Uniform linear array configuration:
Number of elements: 12
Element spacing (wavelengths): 0.25
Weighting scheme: hamming
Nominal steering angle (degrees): -30
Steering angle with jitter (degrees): -29.223
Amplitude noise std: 0.05
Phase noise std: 0.05

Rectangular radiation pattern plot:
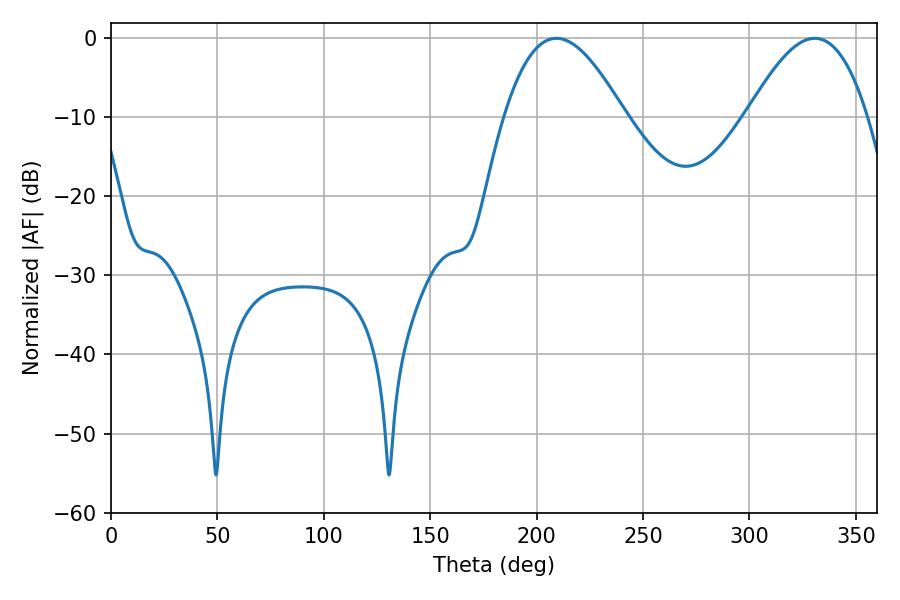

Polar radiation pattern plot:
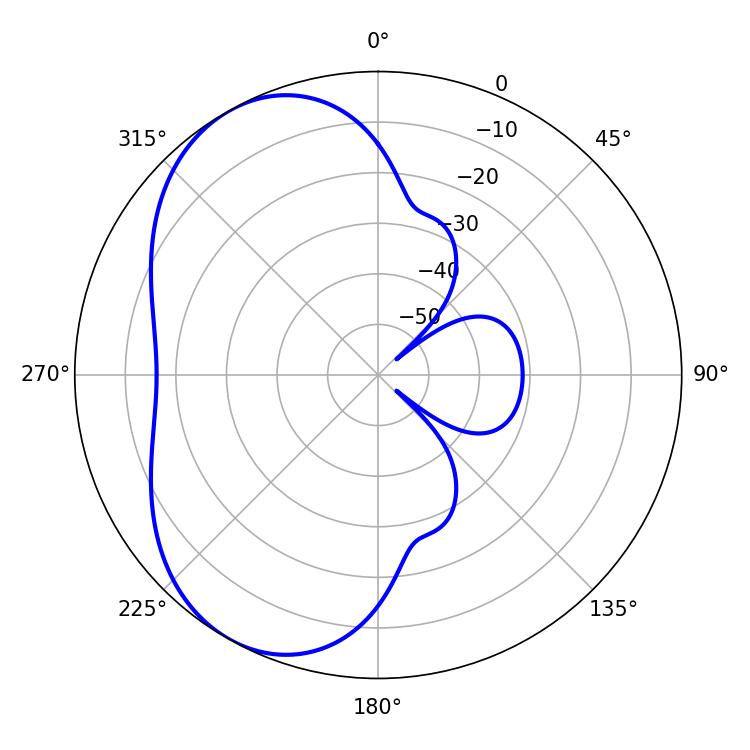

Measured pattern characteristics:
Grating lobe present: FALSE
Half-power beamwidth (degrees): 30.78
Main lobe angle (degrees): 209.34